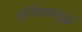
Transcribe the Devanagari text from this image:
अस्तित्वसुद्धा